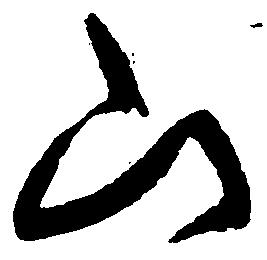
山